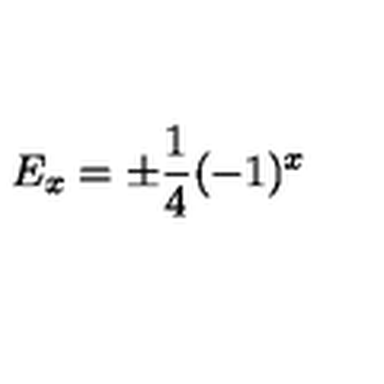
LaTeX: E _ { x } = \pm \frac { 1 } { 4 } ( - 1 ) ^ { x }